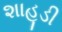
શાહૂડી